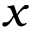
x